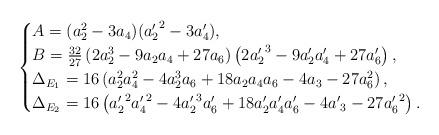
LaTeX: \begin{align*} \begin{cases} A = (a_2^2-3a_4)({a_2'}^2-3a_4'),\\ B=\frac{32}{27}\left( 2a_2^3-9a_2a_4+27a_6\right)\left(2{a'_2}^3-9a'_2a'_4+27a'_6\right),\\ \Delta_{E_1}=16\left(a_2^2a_4^2-4a_2^3a_6+18a_2a_4a_6-4a_3-27a_6^2\right),\\ \Delta_{E_2}=16\left({a'_2}^2{a'_4}^2-4{a'_2}^3{a'_6}+18{a'_2}{a'_4}{a'_6}-4{a'}_3-27{a'_6}^2\right). \end{cases}\end{align*}